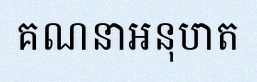
គណនាអនុបាត